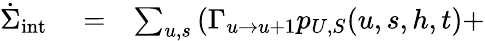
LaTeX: \begin{array}{rlr}{\dot{\Sigma}_{\mathrm{int}}}&{{}=}&{\sum_{u,s}\left(\Gamma_{u\to u+1}p_{U,S}(u,s,h,t)+\right.}\end{array}